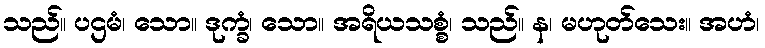
သည်။ ပဌမံ၊ သော။ ဒုက္ခံ၊ သော။ အရိယသစ္စံ၊ သည်။ န၊ မဟုတ်သေး။ အဟံ၊